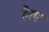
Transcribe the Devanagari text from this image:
हैरप